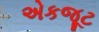
એકજૂટ